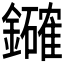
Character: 𮣞